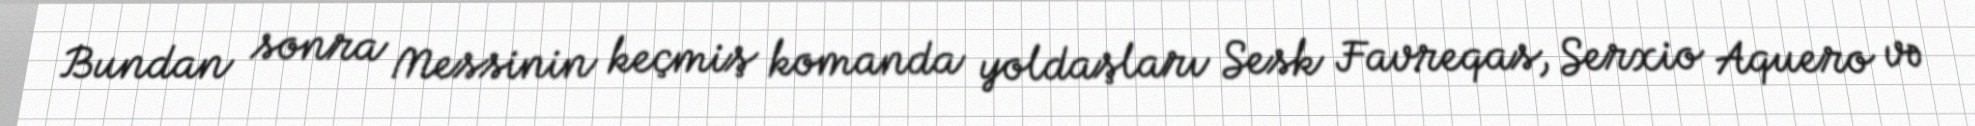
Bundan sonra Messinin keçmiş komanda yoldaşları Sesk Favreqas, Serxio Aquero və